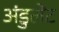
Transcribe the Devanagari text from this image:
अंडुलेंट